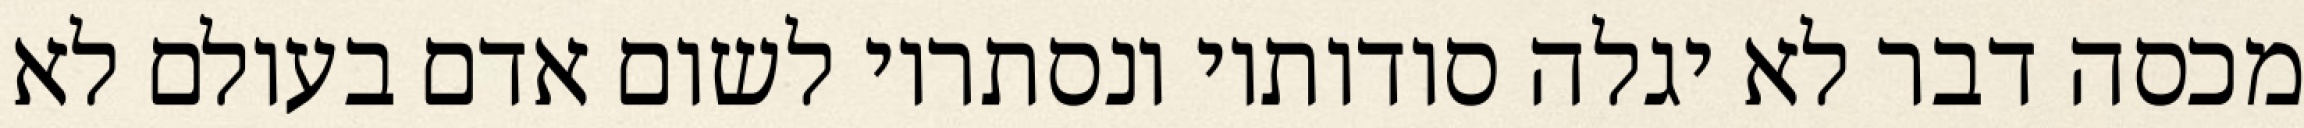
מכסה דבר לא יגלה סודותיו ונסתריו לשום אדם בעולם לא